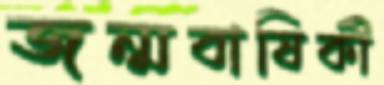
জন্মবাষিকী